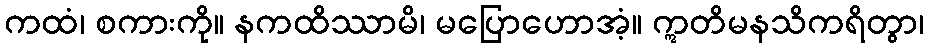
ကထံ၊ စကားကို။ နကထိဿာမိ၊ မပြောဟောအံ့။ ဣတိမနသိကရိတွာ၊